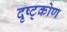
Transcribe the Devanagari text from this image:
दृष्ट्कोण